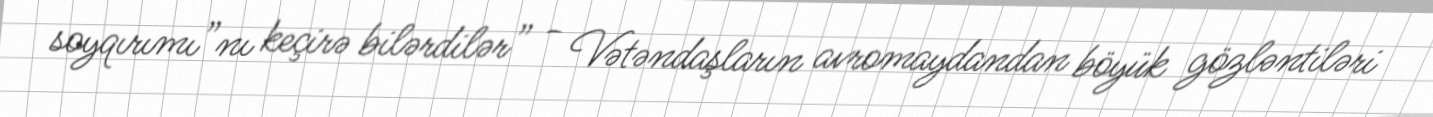
soyqırımı”nı keçirə bilərdilər” - Vətəndaşların avromaydandan böyük gözləntiləri